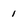
Character: 1